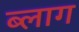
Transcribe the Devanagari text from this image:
ब्‍लाग